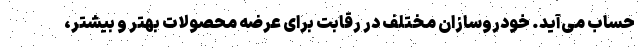
حساب می‌آید. خودروسازان مختلف در رقابت برای عرضه محصولات بهتر و بیشتر،